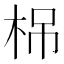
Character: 𣑐